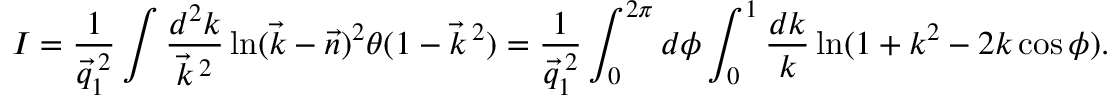
I = \frac { 1 } { \vec { q } _ { 1 } ^ { \: 2 } } \int \frac { d ^ { 2 } k } { \vec { k } ^ { \: 2 } } \ln ( \vec { k } - \vec { n } ) ^ { 2 } \theta ( 1 - \vec { k } ^ { \: 2 } ) = \frac { 1 } { \vec { q } _ { 1 } ^ { \: 2 } } \int _ { 0 } ^ { 2 \pi } d \phi \int _ { 0 } ^ { 1 } \frac { d k } { k } \ln ( 1 + k ^ { 2 } - 2 k \cos \phi ) .